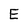
Character: E